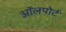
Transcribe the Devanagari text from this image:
ऑलपोर्ट